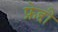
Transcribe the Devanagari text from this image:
फ्रेद्दी